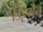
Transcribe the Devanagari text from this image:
डिट्टमैन